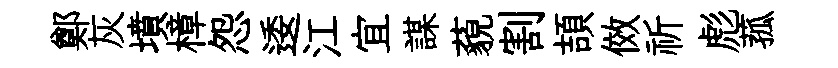
鄭灰墳樟怨逶江宜謀藐割頡傚祈彪菰